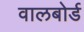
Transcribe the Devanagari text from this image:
वालबोर्ड